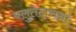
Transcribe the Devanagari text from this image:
बलुतेदारांना